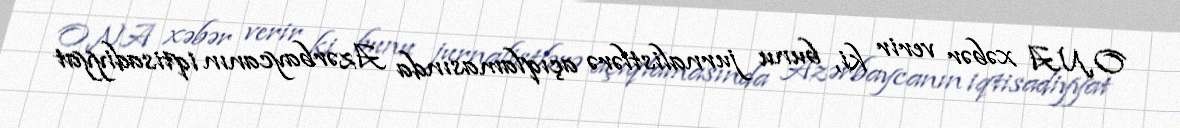
ONA xəbər verir ki, bunu jurnalistlərə açıqlamasında Azərbaycanın iqtisadiyyat